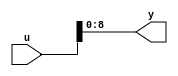
// -------------------------------------------------------------
// 
// 
// Generated by MATLAB 8.2 and HDL Coder 3.3
// 
// -------------------------------------------------------------


// -------------------------------------------------------------
// 
// Module: controllerHdl_MATLAB_Function_block1
// Source Path: controllerHdl/Field_Oriented_Control/Open_Loop_Control/Sin_Cos/Mark_Extract_Bits1/MATLAB Function
// Hierarchy Level: 6
// 
// -------------------------------------------------------------

`timescale 1 ns / 1 ns

module controllerHdl_MATLAB_Function_block1
          (
           u,
           y
          );


  input   [17:0] u;  // ufix18
  output  [8:0] y;  // ufix9




  //MATLAB Function 'Open_Loop_Control/Sin_Cos/Mark_Extract_Bits1/MATLAB Function': '<S38>:1'
  // Non-tunable mask parameter
  //'<S38>:1:8'
  //'<S38>:1:10'
  assign y = u[8:0];
  //'<S38>:1:14'



endmodule  // controllerHdl_MATLAB_Function_block1